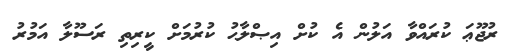
ރުޖޫޢަ ކުރައްވާ އަލުން އެ ކުށް އިޞްލާޙު ކުރުމަށް ކީރިތި ރަސޫލާ އަމުރު